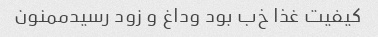
کیفیت غذا خ‌ب بود وداغ و زود رسیدممنون